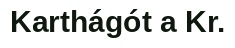
Karthágót a Kr.